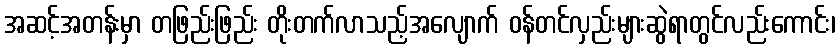
အဆင့်အတန်းမှာ တဖြည်းဖြည်း တိုးတက်လာသည့်အလျောက် ဝန်တင်လှည်းများဆွဲရာတွင်လည်းကောင်း၊